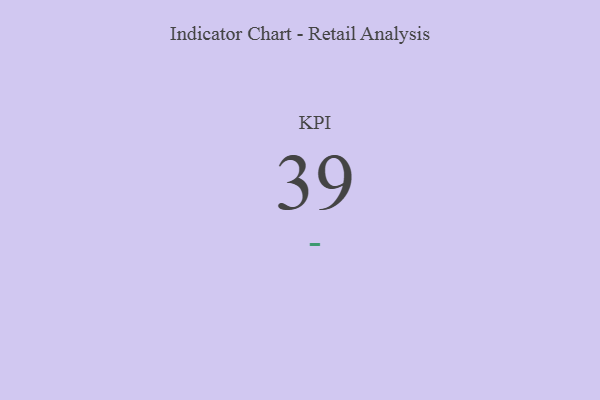
{"axis": {"x": "KPI", "y": "Value"}, "legend": [""], "data": [{"x": "KPI", "y": 39, "type": ""}]}